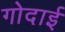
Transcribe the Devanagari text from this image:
गोदाई